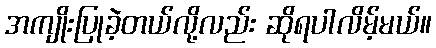
အကျိုးပြုခဲ့တယ်လို့လည်း ဆိုရပါလိမ့်မယ်။